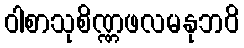
ဝါစာသုစိဏ္ဏဖလမနုဘဝိ